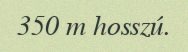
350 m hosszú.